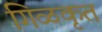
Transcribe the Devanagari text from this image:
गिळकृत